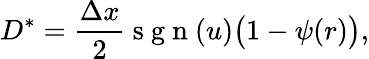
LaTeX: D^{\ast}=\frac{\Delta x}{2}\mathrm{~s~g~n~}(u)\big(1-\psi(r)\big),